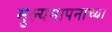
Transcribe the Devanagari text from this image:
मुल्यमापनाच्या